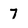
Character: 7